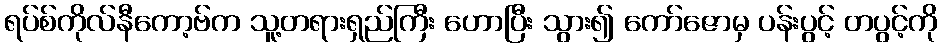
ရပ်စ်ကိုလ်နီကော့ဗ်က သူ့တရားရှည်ကြီး ဟောပြီး သွား၍ ကော်ဇောမှ ပန်းပွင့် တပွင့်ကို